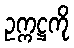
ဥက္ကဋ္ဌကို